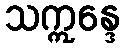
သဣန္ဒေ